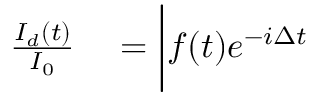
\begin{array} { r l } { \frac { I _ { d } ( t ) } { I _ { 0 } } } & { { } = \bigg | f ( t ) e ^ { - i \Delta t } } \end{array}